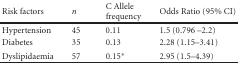
| Risk factors | n | C Allele frequency | Odds Ratio (95% CI) |
 | --- | --- | --- | --- |
 | Hypertension | 45 | 0.11 | 1.5 (0.796 –2.2) |
 | Diabetes | 35 | 0.13 | 2.28 (1.15–3.41) |
 | Dyslipidaemia | 57 | 0.15* | 2.95 (1.5–4.39) |